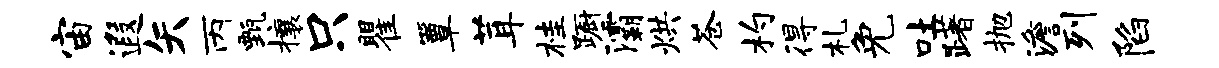
宙遐矢丙甄攘只瞿簟茸桂蹰灞烘苍杓得札免吐躇抛澹列陷